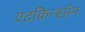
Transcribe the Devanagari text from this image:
एटकिन्सॉन